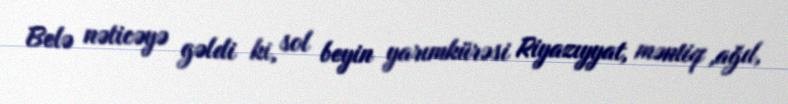
Belə nəticəyə gəldi ki, sol beyin yarımkürəsi Riyazıyyat, məntiq ,ağıl,